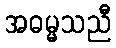
အဓမ္မသညီ